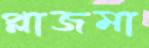
প্লাজমা